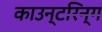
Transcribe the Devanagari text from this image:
काउन्टरिन्ग